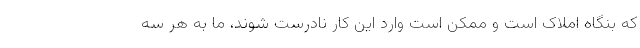
که بنگاه املاک است و ممکن است وارد این کار نادرست شوند، ما به هر سه